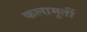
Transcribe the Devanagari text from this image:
कलामूर्ती